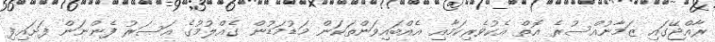
ރާއްޖޭގައި ޒަމާނުއްސުރެ އޮތް އެކުވެރިކަމާއި އެއްބައިވަންތަކަން މަޑުމަޑުން ގެއްލުމުގެ އަސަރު ފެންނަން ފަށައިފި